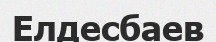
Елдесбаев